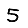
Digit: 5